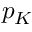
p _ { K }